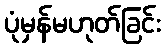
ပုံမှန်မဟုတ်ခြင်း